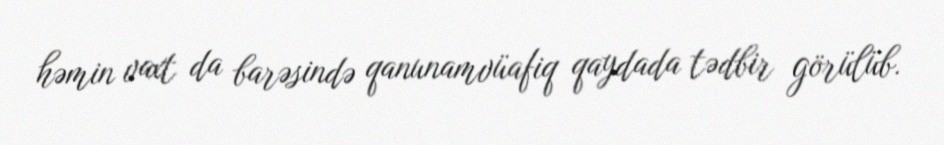
həmin vaxt da barəsində qanunamvüafiq qaydada tədbir görülüb.